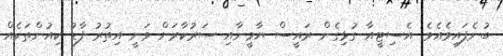
ބުނެފައިވެއެވެ. އެސިޓީއާ ގުޅިގެން ރައީސް ޔާމީނާއި ސަރުކާރަށް ވަނީ އިތުރު ފާޑު ކިއުންތަކެއް